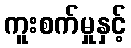
ကူးစက်မှုနှင့်